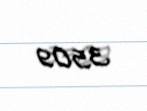
3509